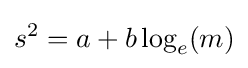
s^{2}=a+b\log _{e}(m)